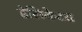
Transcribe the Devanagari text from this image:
डेलिकेटस